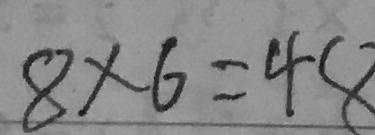
8 \times 6 = 4 8